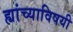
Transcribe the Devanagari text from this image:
ह्यांच्याविषयी